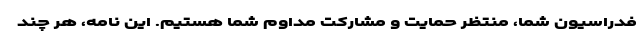
فدراسیون شما، منتظر حمایت و مشارکت مداوم شما هستیم. این نامه، هر چند